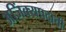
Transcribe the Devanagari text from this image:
अजिंक्यपदाची